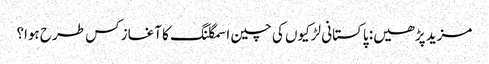
مزید پڑھیں: پاکستانی لڑکیوں کی چین اسمگلنگ کا آغاز کس طرح ہوا؟